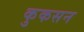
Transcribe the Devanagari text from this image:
कुकसन